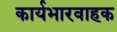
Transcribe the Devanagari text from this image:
कार्यभारवाहक